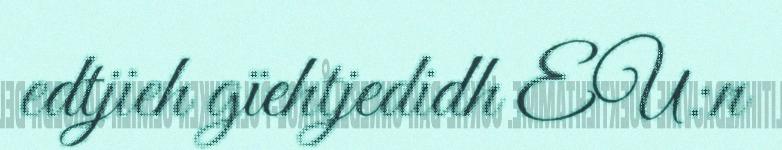
edtjieh gïehtjedidh EU:n